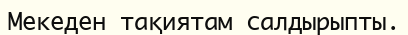
Мекеден тақиятам салдырыпты.